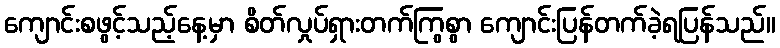
ကျောင်းစဖွင့်သည့်နေ့မှာ စိတ်လှုပ်ရှားတက်ကြွစွာ ကျောင်းပြန်တက်ခဲ့ရပြန်သည်။